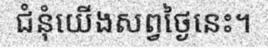
ជំនុំយើងសព្វថ្ងៃនេះ។